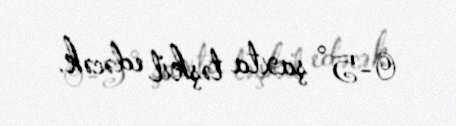
0-5° şaxta təşkil edəcək.